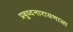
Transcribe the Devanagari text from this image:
प्रबुध्दनारायणाला